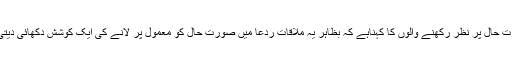
صورت حال پر نظر رکھنے والوں کا کہناہے کہ بظاہر یہ ملاقات ردعا میں صورت حال کو معمول پر لانے کی ایک کوشش دکھائی دیتی ہے۔